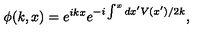
\phi ( k , x ) = e ^ { i k x } e ^ { - i \int ^ { x } d x ^ { \prime } V ( x ^ { \prime } ) / 2 k } ,